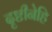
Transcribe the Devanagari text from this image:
दृष्टीनेहि